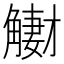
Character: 𧤳